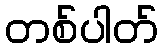
တစ်ပါတ်